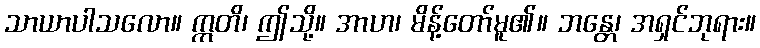
သာယာပါသလော။ ဣတိ၊ ဤသို့။ အာဟ၊ မိန့်တော်မူ၏။ ဘန္တေ၊ အရှင်ဘုရား။